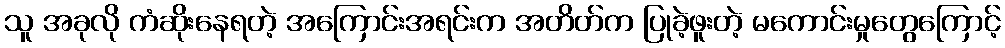
သူ အခုလို ကံဆိုးနေရတဲ့ အကြောင်းအရင်းက အတိတ်က ပြုခဲ့ဖူးတဲ့ မကောင်းမှုတွေကြောင့်